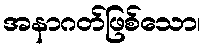
အနာဂတ်ဖြစ်သော၊